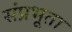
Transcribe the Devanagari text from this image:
संप्रभूता